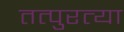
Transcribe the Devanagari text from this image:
तत्पुरत्या